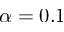
\alpha = 0 . 1